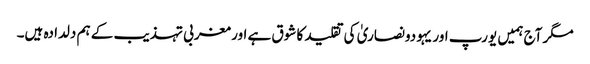
مگر آج ہمیں یورپ اور یہودونصاریٰ کی تقلید کا شوق ہے اور مغربی تہذیب کے ہم دلدادہ ہیں۔